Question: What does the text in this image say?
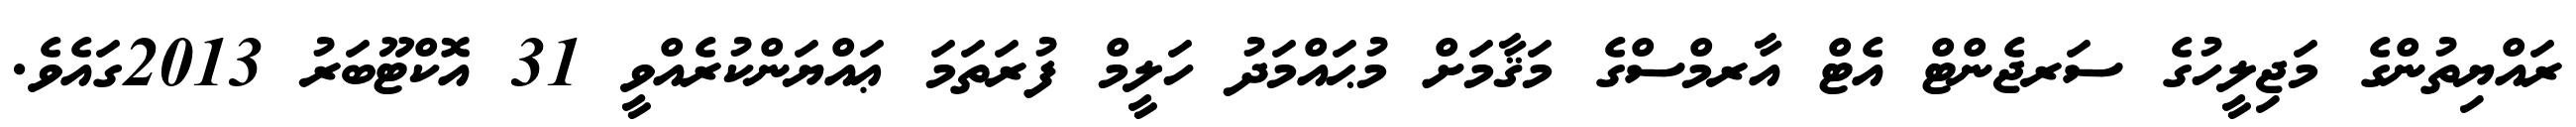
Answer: ރައްޔިތުންގެ މަޖިލީހުގެ ސަރޖެންޓް އެޓް އާރމްސްގެ މަޤާމަށް މުޙައްމަދު ހަލީމް ފުރަތަމަ ޢައްޔަންކުރެއްވީ 31 އޮކްޓޫބަރު 2013ގައެވެ.